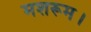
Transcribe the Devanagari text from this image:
मशरूम।